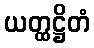
ယတ္ထဋ္ဌိတံ